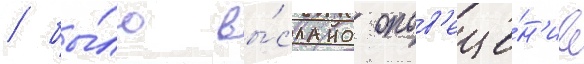
/ бы́ло вы́слано опов'еще́н'ие